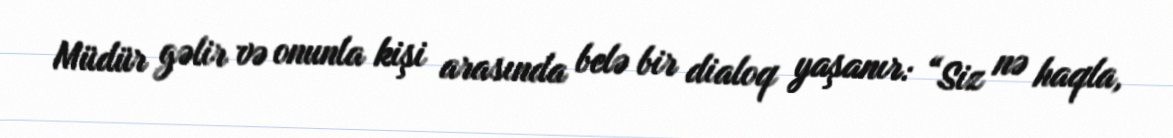
Müdür gəlir və onunla kişi arasında belə bir dialoq yaşanır: “Siz nə haqla,